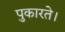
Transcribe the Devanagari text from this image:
पुकारते।